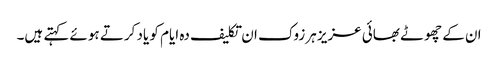
ان کے چھوٹے بھائی عزیز ہرزوک ان تکلیف دہ ایام کو یاد کرتے ہوئے کہتے ہیں۔